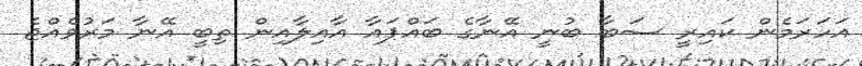
އަހަރަމެން ކައިރީ ސަބާ ބުނީ އޭނާގެ ބައްޕައާ އާއިލާއިން ތިބީ އޭނާ މަރުވެއްޖެ